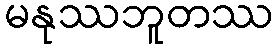
မနုဿဘူတဿ